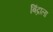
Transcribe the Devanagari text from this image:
बिंद्राला